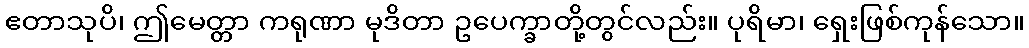
ဧတာသုပိ၊ ဤမေတ္တာ ကရုဏာ မုဒိတာ ဥပေက္ခာတို့တွင်လည်း။ ပုရိမာ၊ ရှေးဖြစ်ကုန်သော။